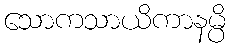
သောကသာယိကာနမ္ပိ